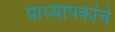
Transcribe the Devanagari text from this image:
प्राध्यापकांचे